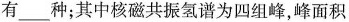
有___种；其中核磁共振氢谱为四组峰，峰面积